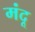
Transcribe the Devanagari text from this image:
मंदू